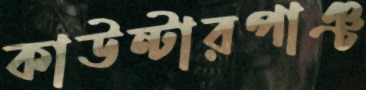
কাউন্টারপাঞ্চ